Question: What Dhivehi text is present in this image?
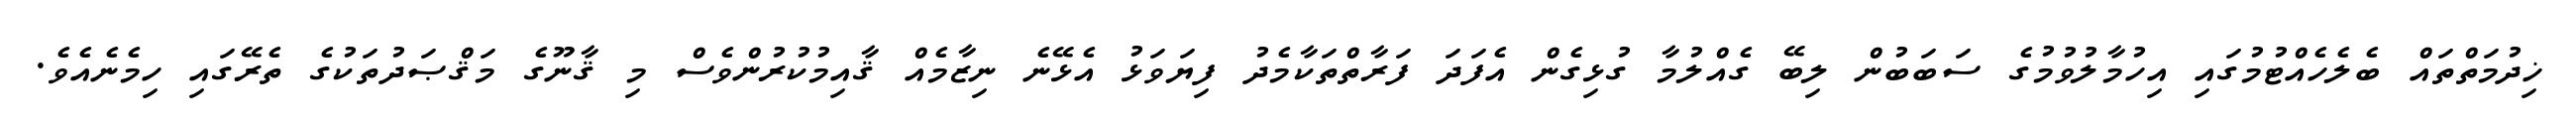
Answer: ޚިދުމަތްތައް ބެލެހެއްޓުމުގައި އިހުމާލުވުމުގެ ސަބަބުން ލިބޭ ގެއްލުމާ ގުޅިގެން އެފަދަ ފަރާތްތަކާމެދު ފިޔަވަޅު އެޅޭނެ ނިޒާމެއް ޤާއިމުކުރުންވެސް މި ޤާނޫގެ މަޤްޞަދުތަކުގެ ތެރޭގައި ހިމެނެއެވެ.